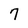
Character: 7